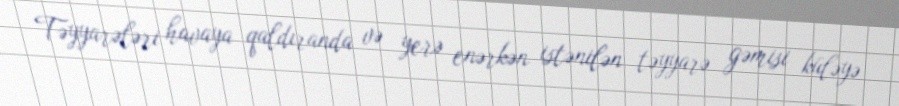
Təyyarələri havaya qaldıranda və yerə enərkən istənilən təyyarə gəmisi küləyə